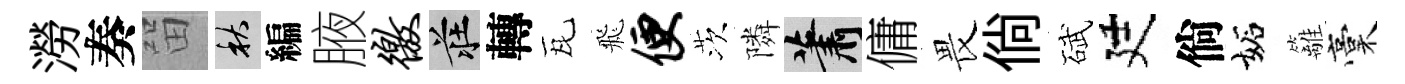
澇奏㽞秋編腋徼莊轉瓦飛便茨隣蕭傭畏倘碔廷倘妬籬稾